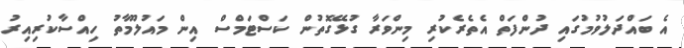
އެ ބައްދަލުވުމުގައި ދުންފަަތް އެތެރެކުރި މިންވަރާ ގުޅޭގޮތުން ކަސްޓަމްސް އިން މައުލޫމާތު ހިއްސާކުރިއިރު